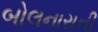
બોલનારાની